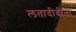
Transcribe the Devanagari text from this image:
लतादीदींना